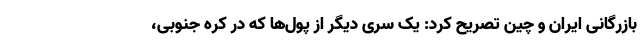
بازرگانی ایران و چین تصریح کرد: یک سری دیگر از پول‌ها که در کره جنوبی،